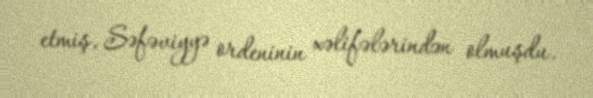
etmiş, Səfəviyyə ordeninin xəlifələrindən olmuşdu.